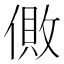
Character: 𰂪